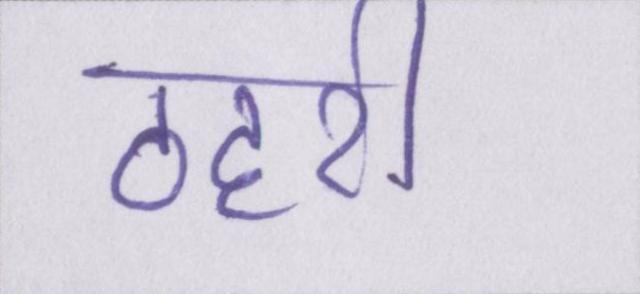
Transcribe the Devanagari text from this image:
ठहरी